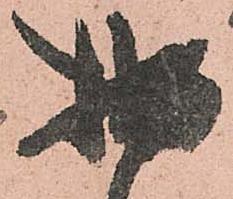
拙